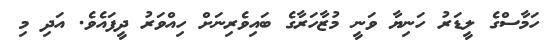
ހަމާސްގެ ލީޑަރު ހަނިޔާ ވަނީ މުޒާހަރާގެ ބައިވެރިނަށް ހިއްވަރު ދީފައެވެ. އަދި މި